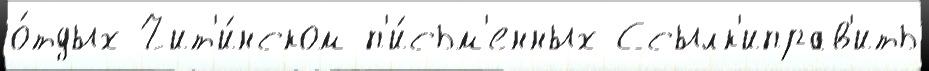
о́тдых Чит'и́нском п'и́сьм'енных Ссылк'иправ'ить